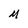
Character: M